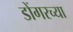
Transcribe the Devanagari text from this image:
डोंगरच्या